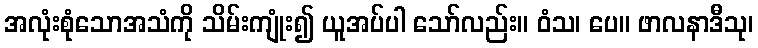
အလုံးစုံသောအသံကို သိမ်းကျုံး၍ ယူအပ်ပါ သော်လည်း။ ဝံသ၊ ပေ။ ဖာလနာဒီသု၊